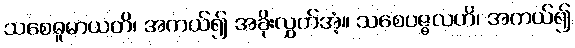
သစေဓူမာယတိ၊ အကယ်၍ အခိုးလွှတ်အံ့။ သစေပဇ္ဇလဟိ၊ အကယ်၍